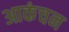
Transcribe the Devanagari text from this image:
आकंचन